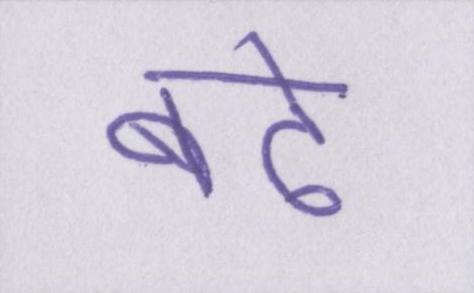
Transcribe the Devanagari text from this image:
बढ़े